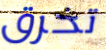
تخرق